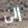
إلى